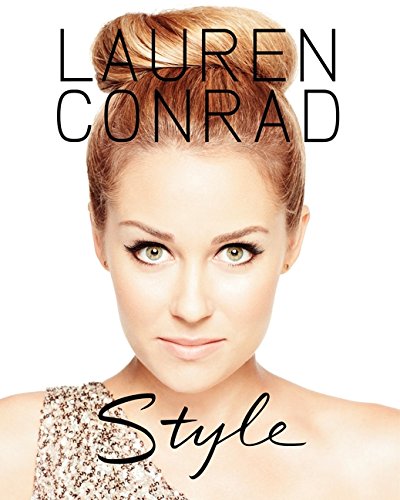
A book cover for Lauren Conrad Style; Lauren Conrad; Humor & Entertainment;